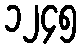
၁၂၄၅